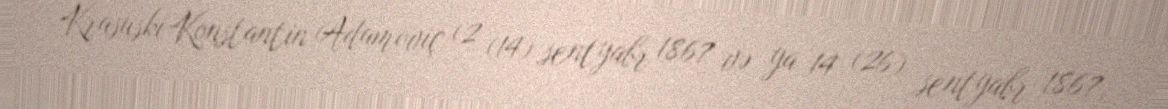
Krasuski Konstantin Adamoviç (2 (14) sentyabr 1867 və ya 14 (26) sentyabr 1867,